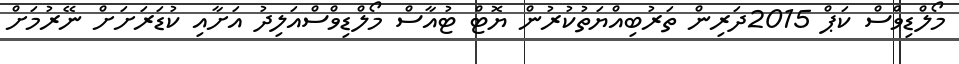
މޯލްޑިވްސް ކަޕް 2015ދަރިން ތަރުބިއްޔަތުކުރުން ޔޮޓް ޓުއާސް މޯލްޑިވްސްއަލިދު އަށާއި ކުޑަރަށަށް ނޭރުމަށް